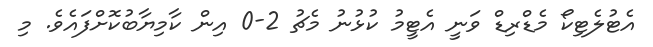
އެޓުލެޓިކޯ މެޑްރިޑް ވަނީ އެޓީމު ކުޅުނު މެޗު 2-0 އިން ކާމިޔާބުކޮށްފައެވެ. މި